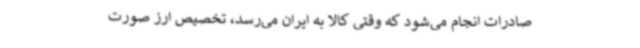
صادرات انجام می‌شود که وقتی کالا به ایران می‌رسد، تخصیص ارز صورت